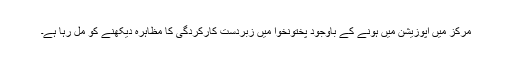
مرکز میں اپوزیشن میں ہونے کے باوجود پختونخوا میں زبردست کارکردگی کا مظاہرہ دیکھنے کو مل رہا ہے۔